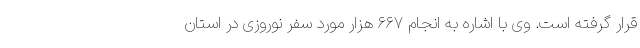
قرار گرفته است. وی با اشاره به انجام ۶۶۷ هزار مورد سفر نوروزی در استان